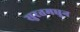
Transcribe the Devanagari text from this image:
सुरतमधून